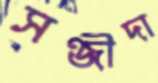
সন্জীদা